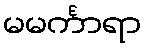
မမင်္ကာရာ